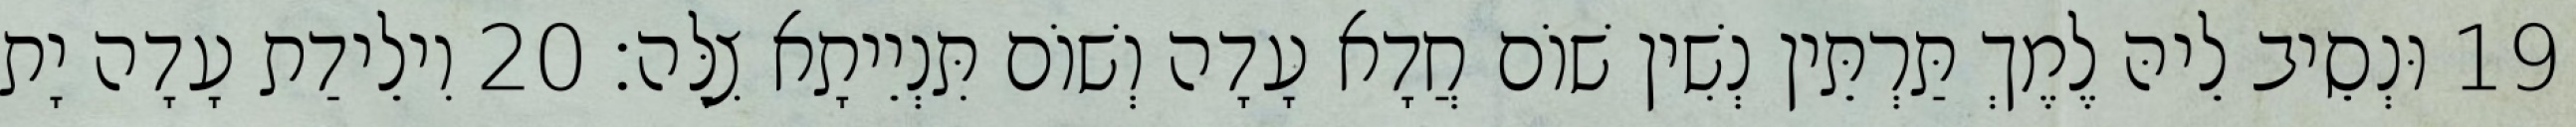
19 וּנְסֵיב לֵיהּ לֶמֶךְ תַּרְתֵּין נְשִׁין שׁוֹם חֲדָא עָדָה וְשׁוֹם תִּנְיֵיתָא צִלָּה׃ 20 וִילֵידַת עָדָה יָת